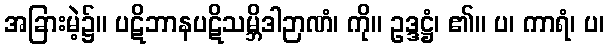
အခြားမဲ့၌။ ပဋိဘာနပဋိသမ္ဘိဒါဉာဏံ၊ ကို။ ဥဒ္ဒဋ္ဌံ၊ ၏။ ပ၊ ကာရံ၊ ပ၊